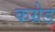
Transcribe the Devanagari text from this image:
कग्रेड